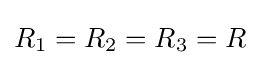
R_{1}=R_{2}=R_{3}=R